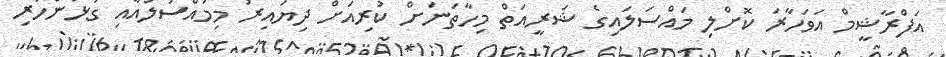
އަފްރާޝީމް އަވަހާރަ ކޮށްލި މައްސަލައިގެ ޝަރީއަތް މިހާތަނަށް ކުރިއަށް ދިޔައިރު މިމައްސަލައާއި ގުޅުންހުރި